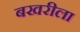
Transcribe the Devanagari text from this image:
बखरीला